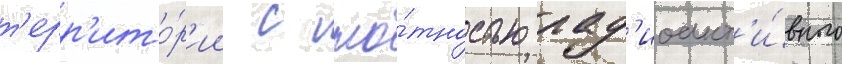
т'ерр'ито́р'ии с пло́тностью рад'иоакт'и́вного